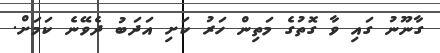
ގާނޫނު ގައި ވާ ގޮތުގެ މަތިން ހަރު ކަށި އަދަބު ދެވޭނެ ކަމަށް.